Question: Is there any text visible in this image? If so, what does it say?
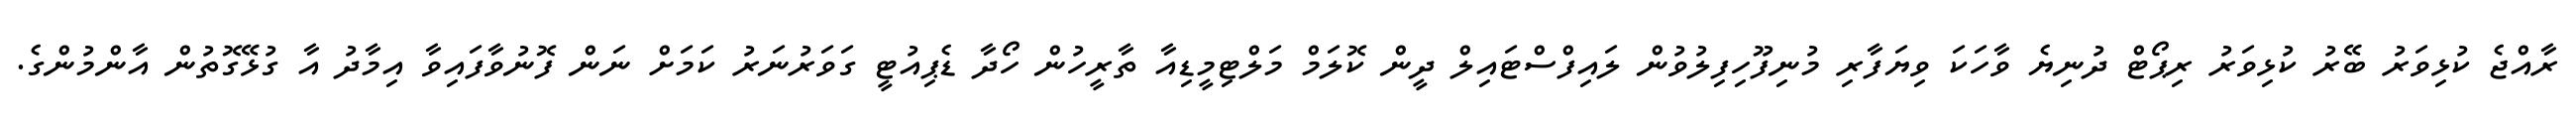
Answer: ރާއްޖެ ކުޅިވަރު ބޭރު ކުޅިވަރު ރިޕޯޓް ދުނިޔެ ވާހަކަ ވިޔަފާރި މުނިފޫހިފިލުވުން ލައިފްސްޓައިލް ދީން ކޮލަމް މަލްޓިމީޑިއާ ތާރީހުން ހޯދާ ޑެޕިއުޓީ ގަވަރުނަރު ކަމަށް ނަން ފޮނުވާފައިވާ އިމާދު އާ ގުޅޭގޮތުން އާންމުންގެ.